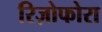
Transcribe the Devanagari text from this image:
रिज़ोफोरा